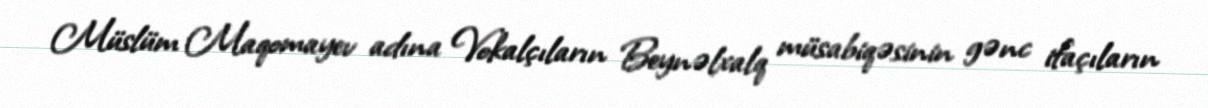
Müslüm Maqomayev adına Vokalçıların Beynəlxalq müsabiqəsinin gənc ifaçıların